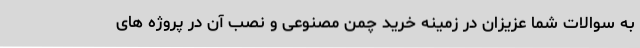
به سوالات شما عزیزان در زمینه خرید چمن مصنوعی و نصب آن در پروژه های